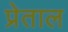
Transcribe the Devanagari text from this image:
प्रेताल